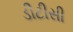
ડીટીસી